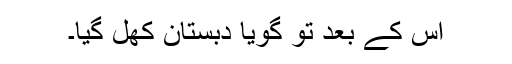
اس کے بعد تو گویا دبستان کھُل گیا۔